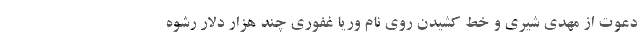
دعوت از مهدی شیری و خط کشیدن روی نام وریا غفوری چند هزار دلار رشوه